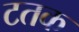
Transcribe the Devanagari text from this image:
टतक